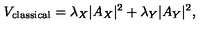
V _ { \mathrm { c l a s s i c a l } } = \lambda _ { X } | A _ { X } | ^ { 2 } + \lambda _ { Y } | A _ { Y } | ^ { 2 } ,